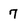
Character: 7